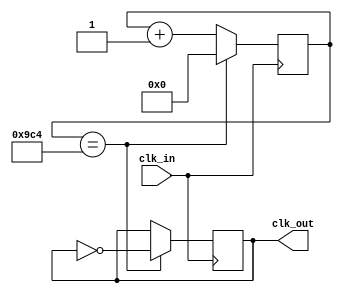
`timescale 1ns / 1ps
//////////////////////////////////////////////////////////////////////////////////
// Company: 
// Engineer: 
// 
// Design Name: 
// Module Name: clock_divider
// Project Name: 
// Target Devices: 
// Tool Versions: 
// Description: 
// 
// Dependencies: 
// 
// Revision:
// Revision 0.01 - File Created
// Additional Comments:
// 
//////////////////////////////////////////////////////////////////////////////////


module clock_divider(
    input clk_in,
    output reg clk_out = 0
    );
    
    reg [11:0] COUNT = 12'd0;
    
    always @ (posedge clk_in)begin 
        COUNT <= (COUNT == 2500)? 0 : COUNT + 1;
        clk_out <= ( COUNT == 2500 ) ? ~clk_out : clk_out; 
    end
        
endmodule